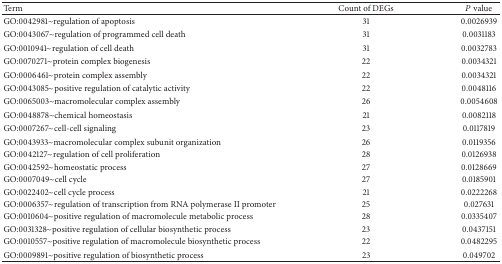
<table><thead><tr><td><b>Term</b></td><td><b>Count of DEGs</b></td><td><b><i>P</i> value</b></td></tr></thead><tbody><tr><td>GO:0042981~regulation of apoptosis</td><td>31</td><td>0.0026939</td></tr><tr><td>GO:0043067~regulation of programmed cell death</td><td>31</td><td>0.0031183</td></tr><tr><td>GO:0010941~regulation of cell death</td><td>31</td><td>0.0032783</td></tr><tr><td>GO:0070271~protein complex biogenesis</td><td>22</td><td>0.0034321</td></tr><tr><td>GO:0006461~protein complex assembly</td><td>22</td><td>0.0034321</td></tr><tr><td>GO:0043085~positive regulation of catalytic activity</td><td>22</td><td>0.0048116</td></tr><tr><td>GO:0065003~macromolecular complex assembly</td><td>26</td><td>0.0054608</td></tr><tr><td>GO:0048878~chemical homeostasis</td><td>21</td><td>0.0082118</td></tr><tr><td>GO:0007267~cell-cell signaling</td><td>23</td><td>0.0117819</td></tr><tr><td>GO:0043933~macromolecular complex subunit organization</td><td>26</td><td>0.0119356</td></tr><tr><td>GO:0042127~regulation of cell proliferation</td><td>28</td><td>0.0126938</td></tr><tr><td>GO:0042592~homeostatic process</td><td>27</td><td>0.0128669</td></tr><tr><td>GO:0007049~cell cycle</td><td>27</td><td>0.0185901</td></tr><tr><td>GO:0022402~cell cycle process</td><td>21</td><td>0.0222268</td></tr><tr><td>GO:0006357~regulation of transcription from RNA polymerase II promoter</td><td>25</td><td>0.027631</td></tr><tr><td>GO:0010604~positive regulation of macromolecule metabolic process</td><td>28</td><td>0.0335407</td></tr><tr><td>GO:0031328~positive regulation of cellular biosynthetic process</td><td>23</td><td>0.0437151</td></tr><tr><td>GO:0010557~positive regulation of macromolecule biosynthetic process</td><td>22</td><td>0.0482295</td></tr><tr><td>GO:0009891~positive regulation of biosynthetic process</td><td>23</td><td>0.049702</td></tr></tbody></table>